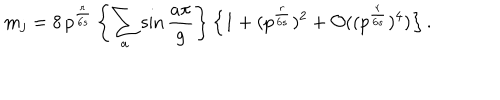
m _ { j } = 8 \, p ^ { \frac { r } { 6 s } } \left\{ \sum _ { a } \sin \frac { a \pi } { g } \right\} \left\{ 1 + ( p ^ { \frac { r } { 6 s } } ) ^ { 2 } + { \mathcal O } ( ( p ^ { \frac { r } { 6 s } } ) ^ { 4 } ) \right\} .